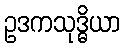
ဥဒကသုဒ္ဓိယာ